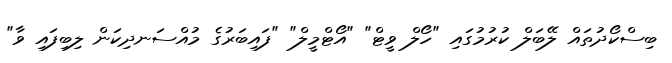
ބިސްކޯދުތައް ލޭބަލް ކުރުމުގައި "ހޯލް ވީޓް" "އޯޓްމީލް" "ފައިބަރުގެ މުއްސަނދިކަން ލިބިފައި ވާ"